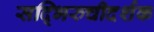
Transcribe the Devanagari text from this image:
सद्भिरुचीदर्शक